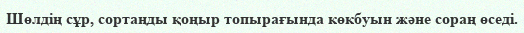
Шөлдің сұр, сортаңды қоңыр топырағында көкбуын және сораң өседі.